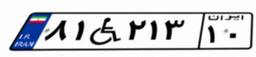
۸۱W۲۱۳۱۰